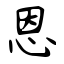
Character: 恩